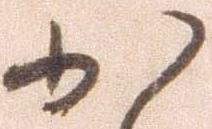
か